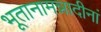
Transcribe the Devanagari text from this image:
भूतानामन्नादीनां